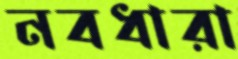
নবধারা